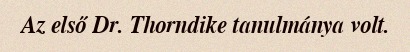
Az első Dr. Thorndike tanulmánya volt.